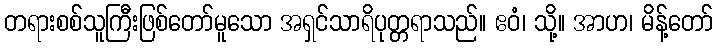
တရားစစ်သူကြီးဖြစ်တော်မူသော အရှင်သာရိပုတ္တရာသည်။ ဧဝံ၊ သို့။ အာဟ၊ မိန့်တော်